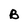
Character: B